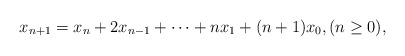
\begin{align*}x_{n+1}=x_n+2x_{n-1}+\cdots+nx_1+(n+1)x_0, (n\geq 0),\end{align*}